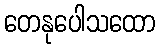
တေနုပေါသထော